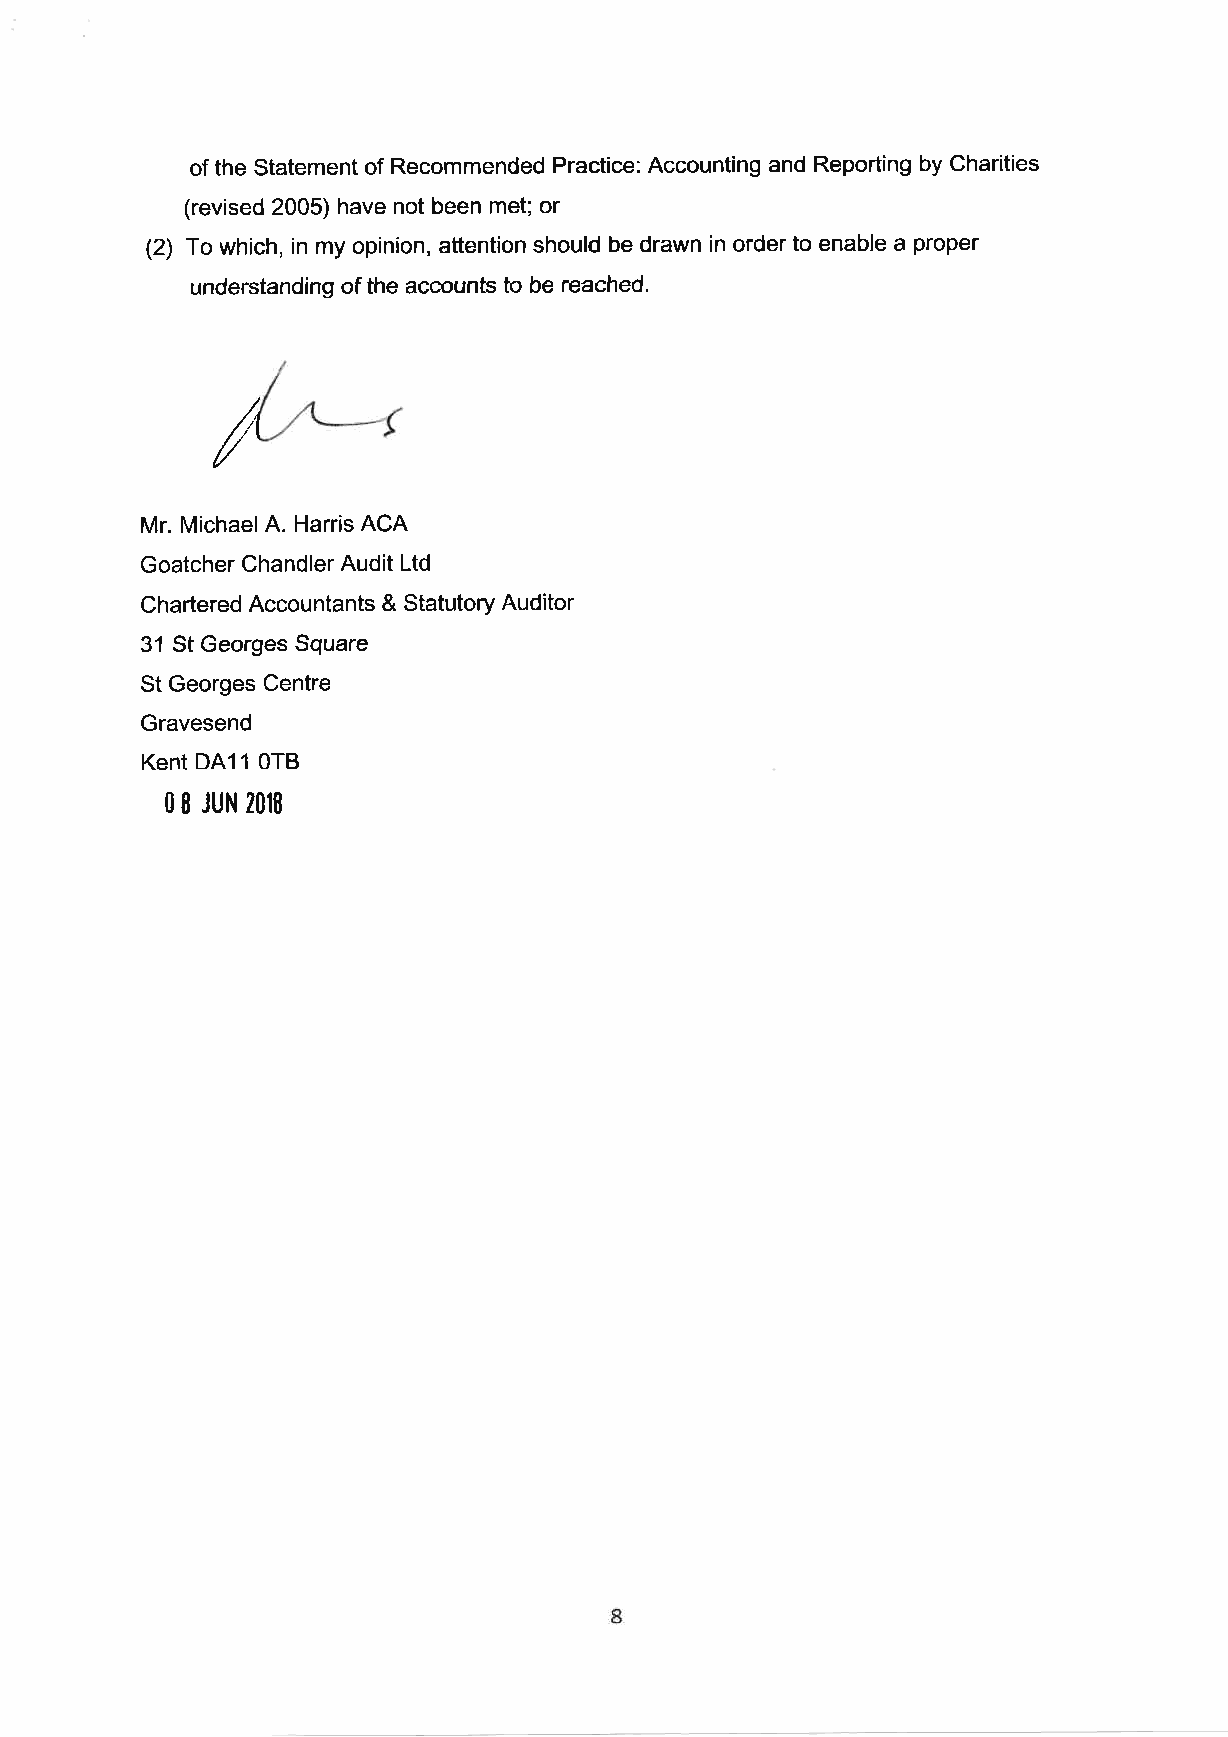
of the Statement of Recommended Practice: Accounting and Reporting by Charities
 (revised 2005) have not been met; or
 (2) To which, in my opinion, attention should be drawn in order to enable a proper
 understanding of the accounts to be reached.
 I
 Mr. MichaelA. Harris ACA
 Goatcher Chandler Audit Ltd
 Chartered Accountants & Statutory Auditor
 31 St Georges Square
 St Georges Centre
 Gravesend
 KentDAll 0TB
 0I
 JUN 2018